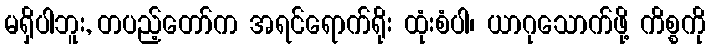
မရှိပါဘူး, တပည့်တော်က အရင်ရောက်ရိုး ထုံးစံပါ၊ ယာဂုသောက်ဖို့ ကိစ္စကို